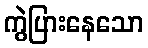
ကွဲပြားနေသော